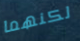
لكنهما